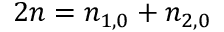
2 n = n _ { 1 , 0 } + n _ { 2 , 0 }